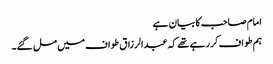
امام صاحب کا بیان ہے
ہم طواف کر رہے تھے کہ عبدالرزاق طواف میں مل گئے۔